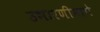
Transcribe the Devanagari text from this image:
उभारणीमागे